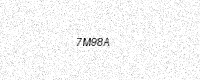
Text: 7M98A